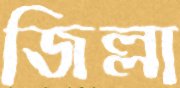
জিল্লা